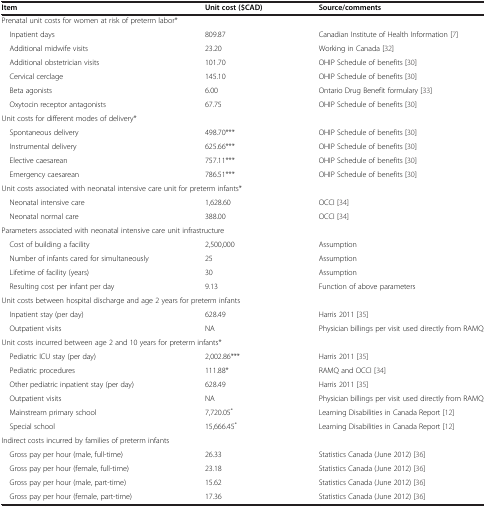
<table><thead><tr><td><b>Item</b></td><td><b>Unit cost ($CAD)</b></td><td><b>Source/comments</b></td></tr></thead><tbody><tr><td colspan="3">Prenatal unit costs for women at risk of preterm labor*</td></tr><tr><td> Inpatient days</td><td>809.87</td><td>Canadian Institute of Health Information[7]</td></tr><tr><td> Additional midwife visits</td><td>23.20</td><td>Working in Canada[32]</td></tr><tr><td> Additional obstetrician visits</td><td>101.70</td><td>OHIP Schedule of benefits[30]</td></tr><tr><td> Cervical cerclage</td><td>145.10</td><td>OHIP Schedule of benefits[30]</td></tr><tr><td> Beta agonists</td><td>6.00</td><td>Ontario Drug Benefit formulary[33]</td></tr><tr><td> Oxytocin receptor antagonists</td><td>67.75</td><td>OHIP Schedule of benefits[30]</td></tr><tr><td colspan="3">Unit costs for different modes of delivery*</td></tr><tr><td> Spontaneous delivery</td><td>498.70***</td><td>OHIP Schedule of benefits[30]</td></tr><tr><td> Instrumental delivery</td><td>625.66***</td><td>OHIP Schedule of benefits[30]</td></tr><tr><td> Elective caesarean</td><td>757.11***</td><td>OHIP Schedule of benefits[30]</td></tr><tr><td> Emergency caesarean</td><td>786.51***</td><td>OHIP Schedule of benefits[30]</td></tr><tr><td colspan="3">Unit costs associated with neonatal intensive care unit for preterm infants*</td></tr><tr><td> Neonatal intensive care</td><td>1,628.60</td><td>OCCI[34]</td></tr><tr><td> Neonatal normal care</td><td>388.00</td><td>OCCI[34]</td></tr><tr><td colspan="3">Parameters associated with neonatal intensive care unit infrastructure</td></tr><tr><td> Cost of building a facility</td><td>2,500,000</td><td>Assumption</td></tr><tr><td> Number of infants cared for simultaneously</td><td>25</td><td>Assumption</td></tr><tr><td> Lifetime of facility (years)</td><td>30</td><td>Assumption</td></tr><tr><td> Resulting cost per infant per day</td><td>9.13</td><td>Function of above parameters</td></tr><tr><td colspan="3">Unit costs between hospital discharge and age 2 years for preterm infants</td></tr><tr><td> Inpatient stay (per day)</td><td>628.49</td><td>Harris 2011[35]</td></tr><tr><td> Outpatient visits</td><td>NA</td><td>Physician billings per visit used directly from RAMQ</td></tr><tr><td colspan="3">Unit costs incurred between age 2 and 10 years for preterm infants*</td></tr><tr><td> Pediatric ICU stay (per day)</td><td>2,002.86***</td><td>Harris 2011[35]</td></tr><tr><td> Pediatric procedures</td><td>111.88*</td><td>RAMQ and OCCI[34]</td></tr><tr><td> Other pediatric inpatient stay (per day)</td><td>628.49</td><td>Harris 2011[35]</td></tr><tr><td> Outpatient visits</td><td>NA</td><td>Physician billings per visit used directly from RAMQ</td></tr><tr><td> Mainstream primary school</td><td>7,720.05<sup>*</sup></td><td>Learning Disabilities in Canada Report[12]</td></tr><tr><td> Special school</td><td>15,666.45<sup>*</sup></td><td>Learning Disabilities in Canada Report[12]</td></tr><tr><td colspan="3">Indirect costs incurred by families of preterm infants</td></tr><tr><td> Gross pay per hour (male, full-time)</td><td>26.33</td><td>Statistics Canada (June 2012)[36]</td></tr><tr><td> Gross pay per hour (female, full-time)</td><td>23.18</td><td>Statistics Canada (June 2012)[36]</td></tr><tr><td> Gross pay per hour (male, part-time)</td><td>15.62</td><td>Statistics Canada (June 2012)[36]</td></tr><tr><td> Gross pay per hour (female, part-time)</td><td>17.36</td><td>Statistics Canada (June 2012)[36]</td></tr></tbody></table>